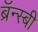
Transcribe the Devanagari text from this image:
ब्रॅन्स्बी